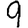
Digit: 9